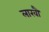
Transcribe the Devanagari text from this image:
लाखौ